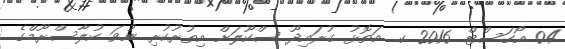
04 އޯގަސްޓް 2016 ކ. އަތޮޅު ގުރައިދޫ ސްކޫލަށް އިތުރުކުރި ނުވަ ކުލާސްރޫމްގެ